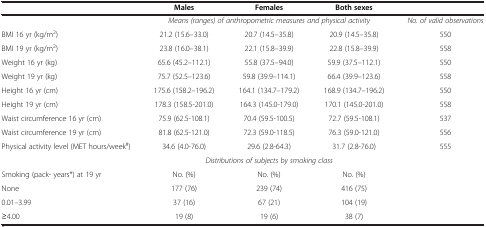
|  | Males | Females | Both sexes |  |
 | --- | --- | --- | --- | --- |
 |  | <COLSPAN=3> Means (ranges) of anthropometric measures and physical activity | No. of valid observations |
 | BMI 16 yr (kg/m2) | 21.2 (15.6–33.0) | 20.7 (14.5–35.8) | 20.9 (14.5–35.8) | 550 |
 | BMI 19 yr (kg/m2) | 23.8 (16.0–38.1) | 22.1 (15.8–39.9) | 22.8 (15.8–39.9) | 558 |
 | Weight 16 yr (kg) | 65.6 (45.2–112.1) | 55.8 (37.5–94.0) | 59.9 (37.5–112.1) | 550 |
 | Weight 19 yr (kg) | 75.7 (52.5–123.6) | 59.8 (39.9–114.1) | 66.4 (39.9–123.6) | 558 |
 | Height 16 yr (cm) | 175.6 (158.2–196.2) | 164.1 (134.7–179.2) | 168.9 (134.7–196.2) | 550 |
 | Height 19 yr (cm) | 178.3 (158.5-201.0) | 164.3 (145.0-179.0) | 170.1 (145.0-201.0) | 558 |
 | Waist circumference 16 yr (cm) | 75.9 (62.5-108.1) | 70.4 (59.5-100.5) | 72.7 (59.5-108.1) | 537 |
 | Waist circumference 19 yr (cm) | 81.8 (62.5-121.0) | 72.3 (59.0-118.5) | 76.3 (59.0-121.0) | 556 |
 | Physical activity level (MET hours/week#) | 34.6 (4.0-76.0) | 29.6 (2.8-64.3) | 31.7 (2.8-76.0) | 555 |
 |  | <COLSPAN=3> Distributions of subjects by smoking class |  |
 | Smoking (pack- years*) at 19 yr | No. (%) | No. (%) | No. (%) |  |
 | None | 177 (76) | 239 (74) | 416 (75) |  |
 | 0.01–3.99 | 37 (16) | 67 (21) | 104 (19) |  |
 | ≥4.00 | 19 (8) | 19 (6) | 38 (7) |  |